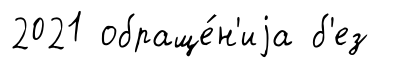
2021 обраще́н'иjа б'ез